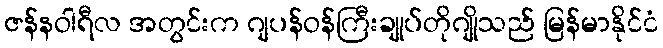
ဇန်နဝါရီလ အတွင်းက ဂျပန်ဝန်ကြီးချုပ်တိုဂျိုသည် မြန်မာနိုင်ငံ